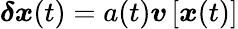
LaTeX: \boldsymbol{\delta x}(t)=a(t)\boldsymbol{v}\left[\boldsymbol{x}(t)\right]